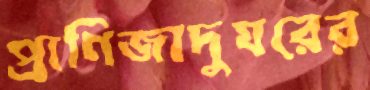
প্রাণিজাদুঘরের